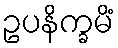
ဥပနိက္ခမိံ